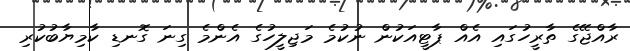
ރާއްޖޭގެ ތާރީހުގައި އެއް ޕާޓީއަކުން ނުކުމެ މަޖިލީހުގެ އެންމެ ގިނަ ގޮނޑި ކާމިޔާބުކުރި